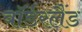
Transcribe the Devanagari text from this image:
बॉर्डरलैंड